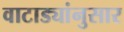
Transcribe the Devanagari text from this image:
वाटाड्यांनुसार